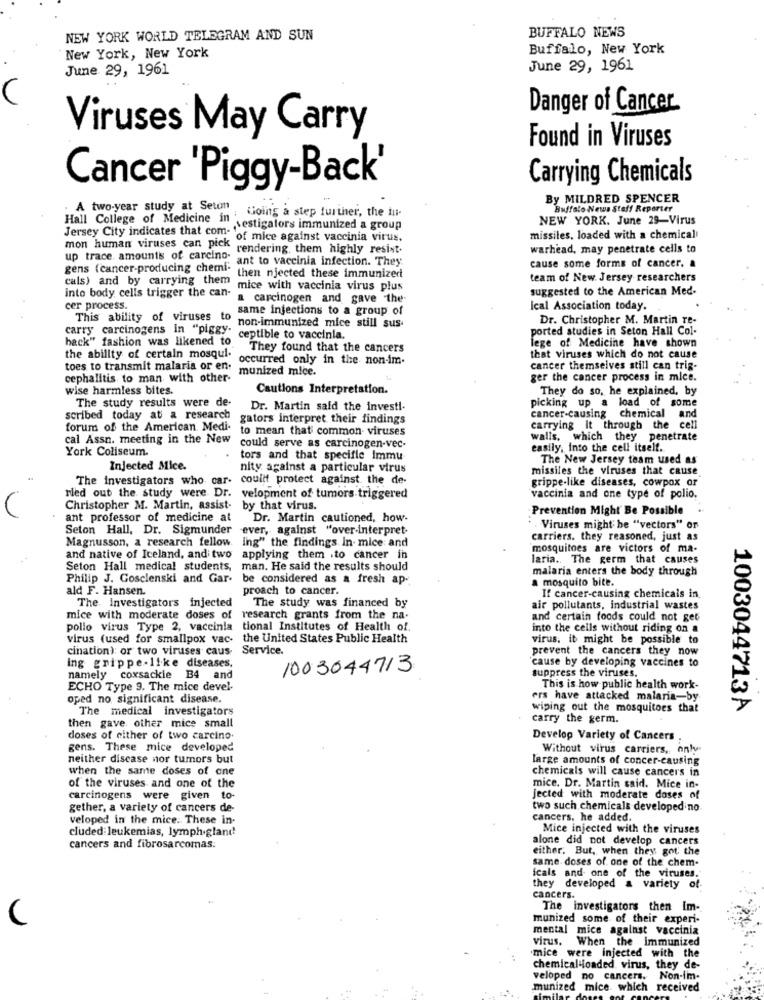
BUFFALO NEWS
NEW YORK WORLD TELEGRAM AND SUN
Buffalo, New York
New York, New York
June 29, 1961
June 29, 1961
Danger of Cancer
Viruses May Carry
Found in Viruses
Carrying Chemicals
Cancer 'Piggy-Back'
By MILDRED SPENCER
A two-year study at Seton
Going a step further, the iu-
Buffalo News Staff Reporter
Hall College of Medicine in
NEW YORK. June 29-Virus
Jersey City indicates that com- vestigalors immunized a group
mon human viruses can pick of mice against vaccinia virus.
missiles, loaded with a chemical
up trace. amounts of carcino. rendering, them highly resist.
warhead, may penetrate cells to
gens (cancer-producing chemi: ant to vaccinia infection. They
cals) and by carrying them then njected these immunized
cause some forms of cancer. &
team of New Jersey researchers
into body cells trigger the can-
em mice with vaccinia virus plus
suggested to the American Med.
a carcinogen and gave the
cer process.
This ability of viruses to same infections to a group of
Ical Association today.
Dr. Christopher M. Martin Te-
non-immunized mice still sus-
ported studies in Seton Hall Col-
back" fashion was likened to
carry carcinogens in "piggy" ceptible to vaccinia.
They found that the cancers
lege of Medicine have shown
the ability of certain mosqui.
occurred only in the non-im.
that viruses which do not cause
toes to transmit malaria or en.
munized mice.
cancer themselves still can trig-
cephalitis to man with other-
ger the cancer process in mice.
wise harmless bites.
Cautions Interpretation.
They do so, he explained, by
The study results were de-
picking up a load of some
Dr. Martin said the investi-
scribed today at a research
gators interpret their findings
cancer-causing chemical and
forum of the American. Medi. to mean that common viruses
carrying it through the cell
walls, which they penetrate
cal Assn. meeting in the New could serve as carcinogen-vec.
York Coliseum.
easily, into the cell itself.
tors and that specifie immu
The New Jersey team used as
Injected Mice.
nity against a particular virus
missiles the viruses that cause
The investigators who car. could protect against the de-
grippe-like diseases, cowpox or
Ned out the study were Dr. velopment of tumors triggered
vaccinia and one type of polio.
Christopher M. Martin, assist- by that virus.
Prevention Might Be Possible
ant professor of medicine at
Dr. Martin cautioned, how-
Seton Hall, Dr. Sigmunder
ever, against "over-interpret-
. , Viruses might be "vectors" or
Magnusson, a research fellow.
carriers. they reasoned, just as
ing" the findings In mice and
mosquitoes are victors of ma-
and native of Iceland, andi two
applying them .to cancer in
laria. The germ that causes
Seton Hall medical students, man. He said the results should
malaria enters the body through
Philip J. Gosclenski and Gar- be considered as a fresh ap-
a mosquito bite.
ald F. Hansen.
proach to cancer.
If cancer-causing chemicals in
The. Investigators injected
The study was financed by
air pollutants, industrial wastes
mice with moderate doses of research grants from the na-
and certain foods could not get
polio virus Type 2, vaccinia
tional Institutes of Health of.
into the cells without riding on a
virus (used for smallpox vac-
the United States Public Health
virus. it might be possible to
cination): or two viruses caus-
Service.
prevent the cancers they now
cause by developing vaccines to
Ing grippe-like diseases,
1003044713
suppress the viruses.
namely coxsackie B4 and
ECHO Type 9. The mice devel-
This is how public health work-
oped no significant disease.
ers have attacked malaria-by
The medical investigators
wiping out the mosquitoes that
1003044713A
then gave. other mice small
carry the germ.
doses of either of two carcino.
Develop Variety of Cancers .
gens. These mice developed
Without virus carriers, only
neither disease nor tumors but
large amounts of concer-causing
when the same doses of one
chemicals will cause cancers in
of the viruses and one of the
mice. Dr. Martin said. Mice in-
carcinogens were given to-
Jected with moderate doses of
gether, a variety of cancers de-
two such chemicals developed no
veloped in the mice. These in-
cancers. he added.
cluded leukemias, lymph gland!
Mice injected with the viruses
alone did not develop cancers
cancers and fibrosarcomas.
either. But, when they got the
same. doses of one of the chem-
icals and one of the viruses.
they developed a variety of-
cancers.
The investigators then Im-
(
munized some of their experi-
mental mice against vaccinia
virus. When the Immunized
mice were injected with the
chemical loaded. virus, they de-
veloped no cancers.
Non-im-
munized mice which received
milar